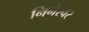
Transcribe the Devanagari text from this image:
निनेश्वर